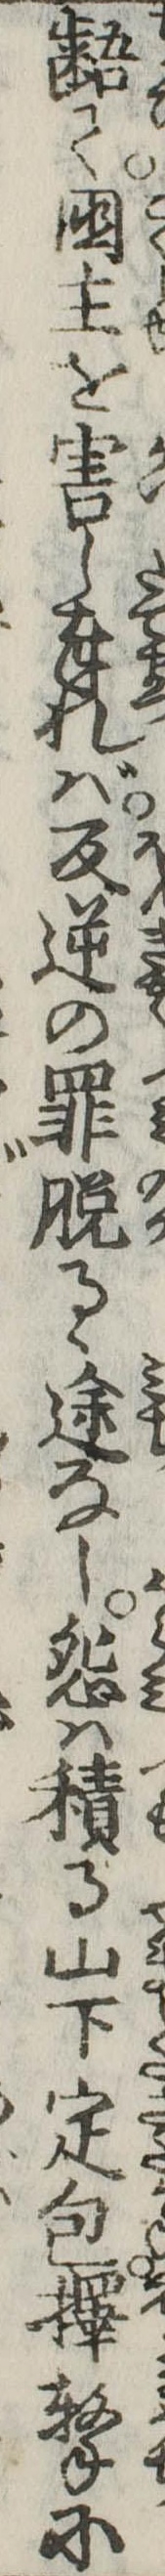
齬て国主を害し奉れば反逆の罪脱るゝ途なし怨は積る山下定包択撃に